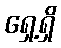
ရှေ့ရှိ